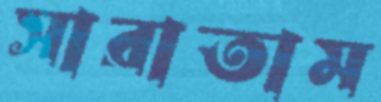
সারাতাম